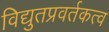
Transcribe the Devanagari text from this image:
विद्युतप्रवर्तकत्व